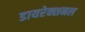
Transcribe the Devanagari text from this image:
डायरेक्शनल